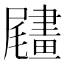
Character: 𦘧